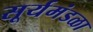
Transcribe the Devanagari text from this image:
सूर्यमंडळा